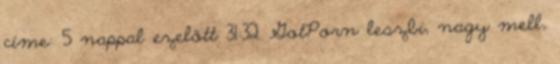
címe: 5 nappal ezelőtt 31:32 GotPorn leszbi, nagy mell,